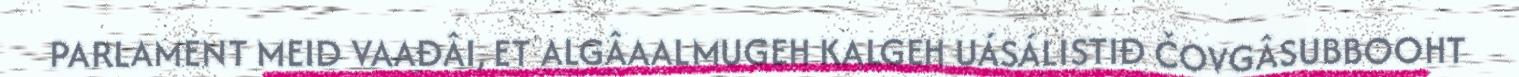
PARLAMENT MEID VAAĐÂI, ET ALGÂAALMUGEH KALGEH UÁSÁLISTIĐ ČOVGÂSUBBOOHT